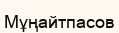
Мұңайтпасов